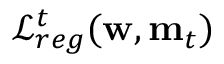
\mathcal { L } _ { r e g } ^ { t } ( \mathbf { w } , \mathbf { m } _ { t } )